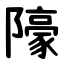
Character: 䧫